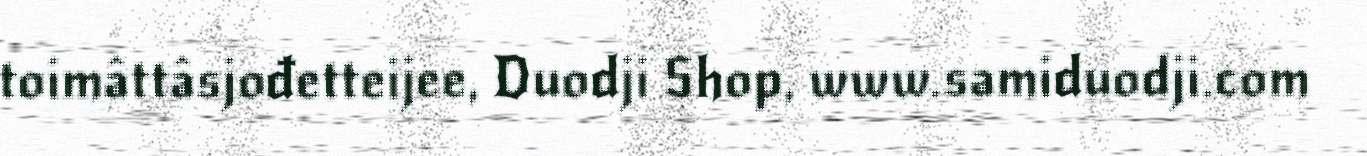
toimâttâsjođetteijee, Duodji Shop, www.samiduodji.com